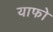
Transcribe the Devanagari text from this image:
याफो